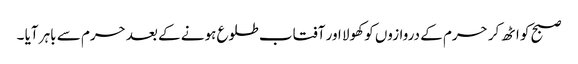
صبح کو اٹھ کر حرم کے دروازوں کو کھولا اور آفتاب طلوع ہونے کے بعد حرم سے باہر آیا ۔